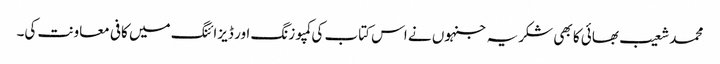
محمد شعیب بھائی کا بھی شکریہ جنہوں نے اس کتاب کی کمپوزنگ اور ڈیزائنگ میں کافی معاونت کی۔